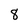
Character: 8